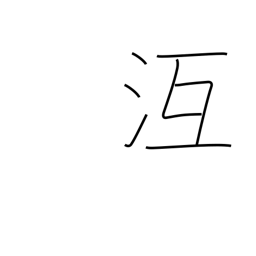
Meaning: freeze over